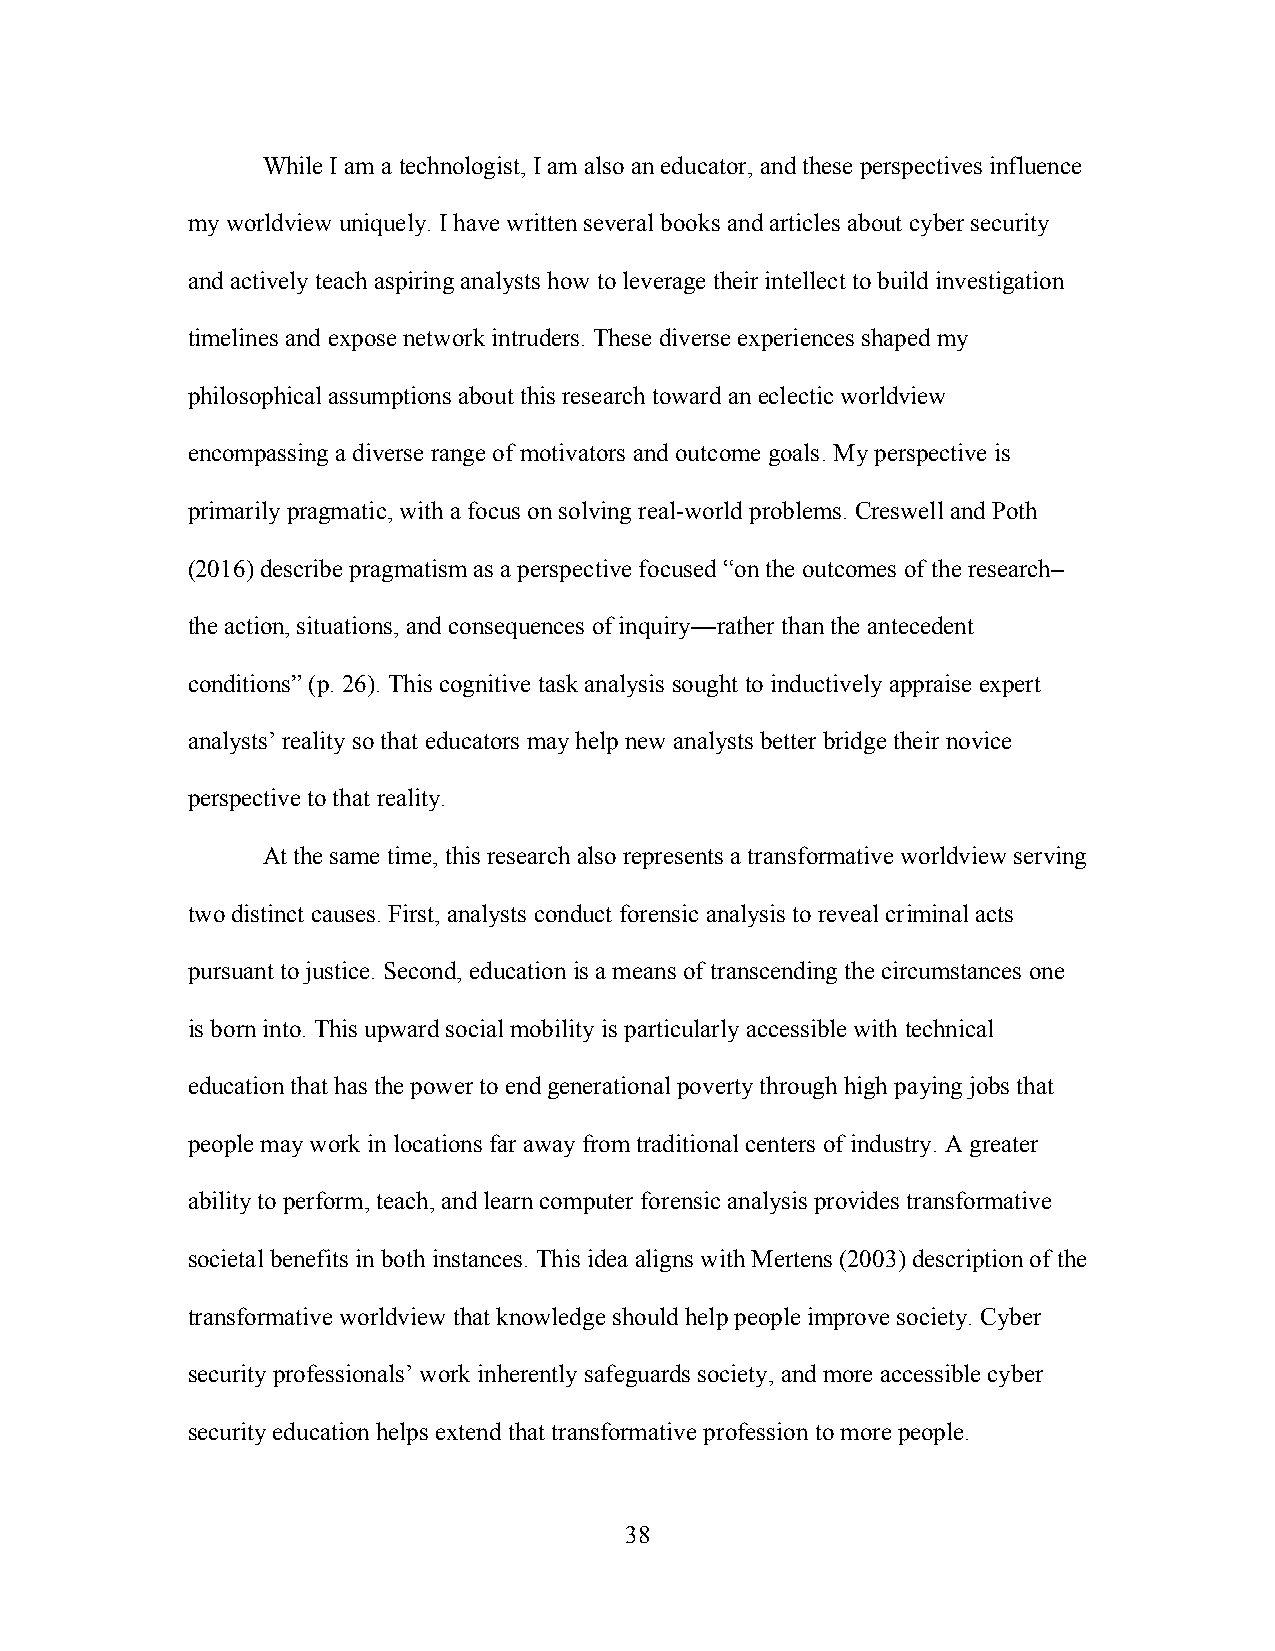
While I am a technologist, I am also an educator, and these perspectives influence
 my worldview uniquely. I have written several books and articles about cyber security
 and actively teach aspiring analysts how to leverage their intellect to build investigation
 timelines and expose network intruders. These diverse experiences shaped my
 philosophical assumptions about this research toward an eclectic worldview
 encompassing a diverse range of motivators and outcome goals. My perspective is
 primarily pragmatic, with a focus on solving real-world problems. Creswell and Poth
 (2016) describe pragmatism as a perspective focused “on the outcomes of the research–
 the action, situations, and consequences of inquiry—rather than the antecedent
 conditions” (p. 26). This cognitive task analysis sought to inductively appraise expert
 analysts’ reality so that educators may help new analysts better bridge their novice
 perspective to that reality.
 At the same time, this research also represents a transformative worldview serving
 two distinct causes. First, analysts conduct forensic analysis to reveal criminal acts
 pursuant to justice. Second, education is a means of transcending the circumstances one
 is born into. This upward social mobility is particularly accessible with technical
 education that has the power to end generational poverty through high paying jobs that
 people may work in locations far away from traditional centers of industry. A greater
 ability to perform, teach, and learn computer forensic analysis provides transformative
 societal benefits in both instances. This idea aligns with Mertens (2003) description of the
 transformative worldview that knowledge should help people improve society. Cyber
 security professionals’ work inherently safeguards society, and more accessible cyber
 security education helps extend that transformative profession to more people.
 38